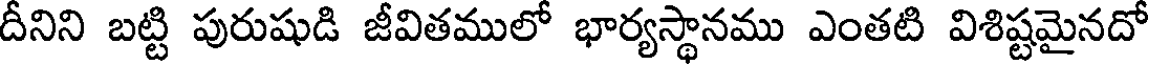
దీనిని బట్టి పురుషుడి జీవితములో భార్యస్థానము ఎంతటి విశిష్టమైనదో